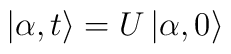
\left| \alpha ,t\right\rangle =U\left| \alpha ,0\right\rangle